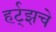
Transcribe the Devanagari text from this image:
हर्ट्‌झचे